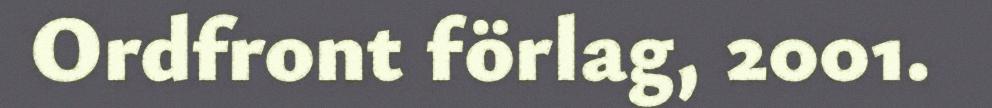
Ordfront förlag, 2001.